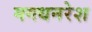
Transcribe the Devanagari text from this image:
मगधनरेश